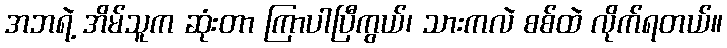
အဘရဲ့ အိမ်သူက ဆုံးတာ ကြာပါပြီကွယ်၊ သားကလဲ စစ်ထဲ လိုက်ရတယ်။